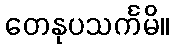
တေနုပသင်္ကမိ။